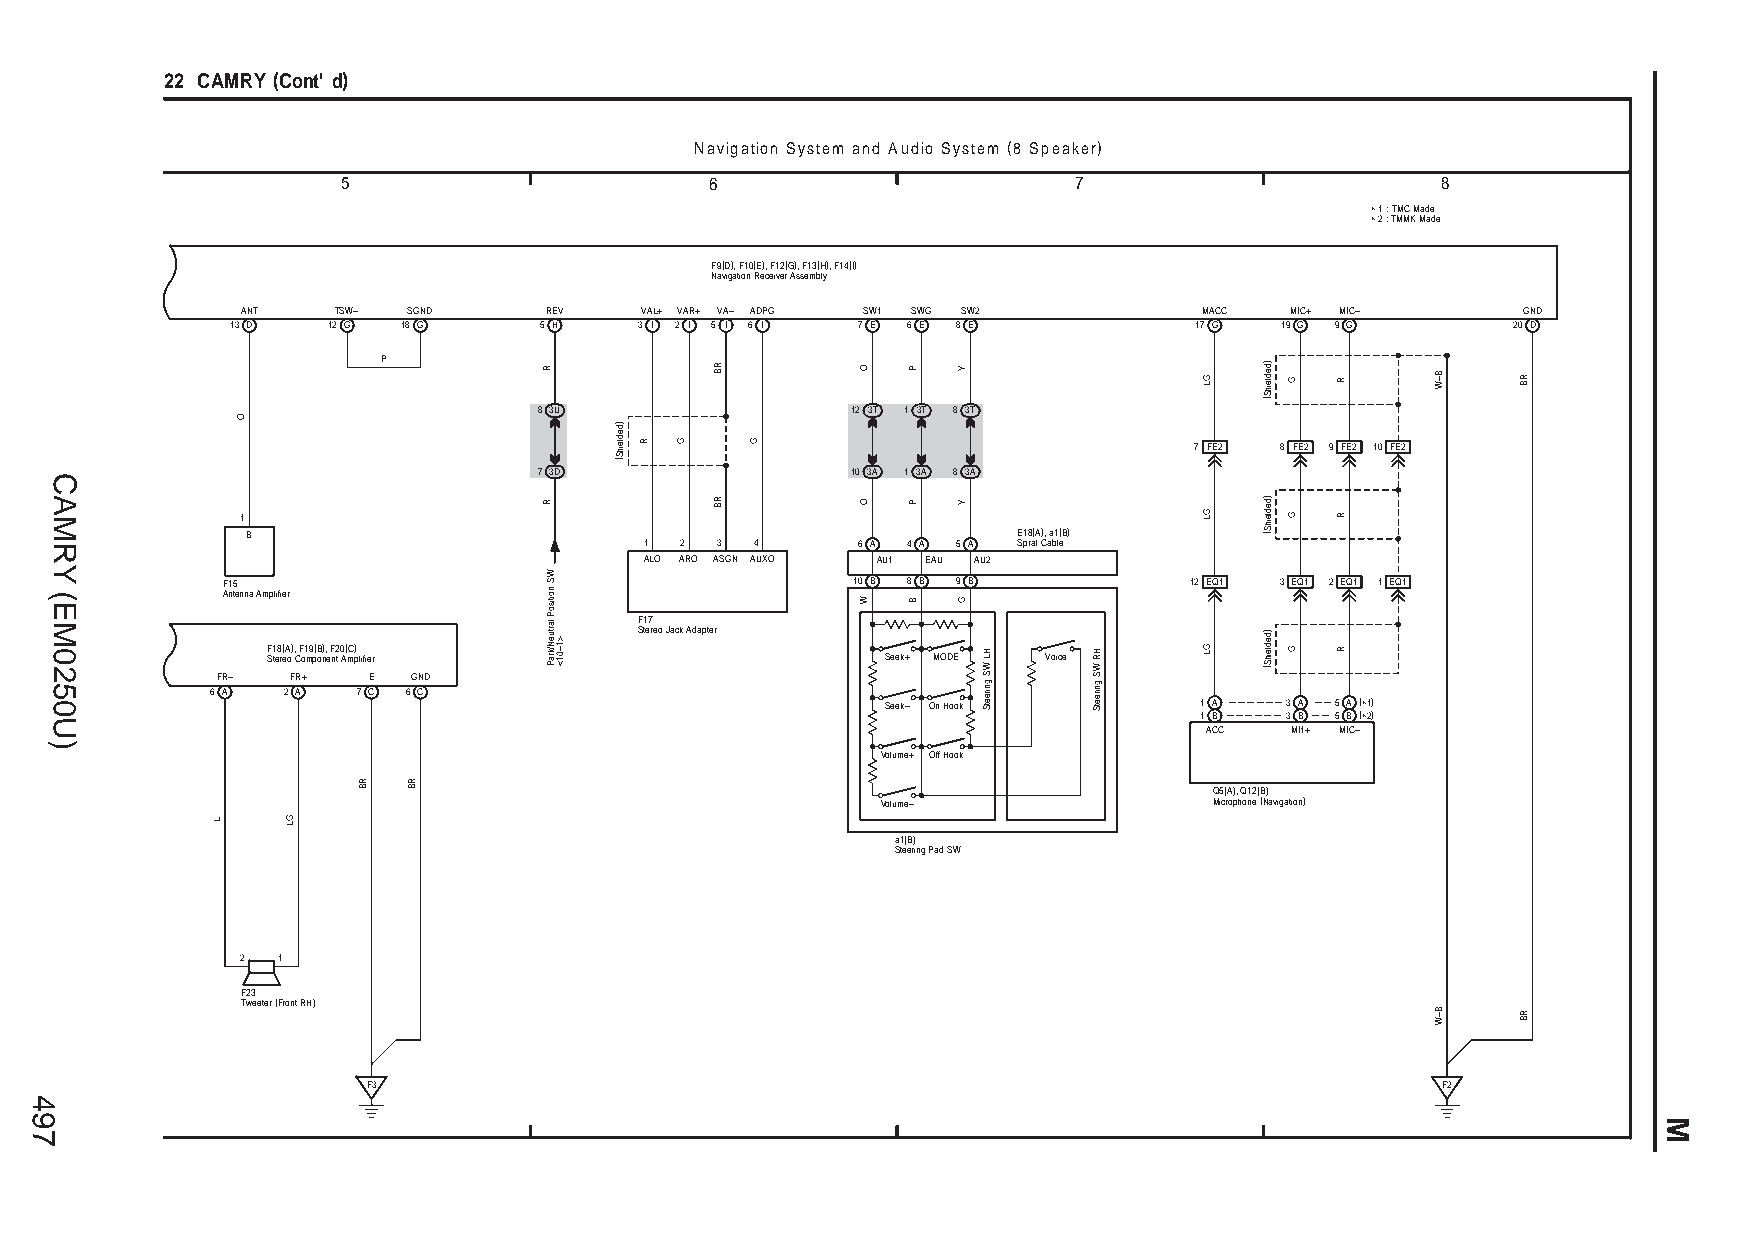
22 CAMRY (Cont' d)
 Navigation System and Audio System (8 Speaker)
 5                       6                       7                       8
 ∗ 1 : TMC Made
 ∗ 2 : TMMK Made
 F9(D), F10(E), F12(G), F13(H), F14(I)
 Navigation Receiver Assembly
 ANT   TSW– SGND     REV   VAL+ VAR+ VA– ADPG SW1 SWG SW2        MACC MIC+ MIC–       GND
 13 D   12 G 18 G     5 H   3 I 2 I 5 I 6 I 7 E 6 E 8 E          17 G  19 G 9 G       20 D
 P
 8 3U                12 3T 1 3T 8 3T
 7 FE2 8 FE2 9 FE2 10 FE2
 7 3D                10 3A 1 3A 8 3A
 1
 B                                                  E18(A), a1(B)
 1 2 3  4      6 A 4 A 5 A Spiral Cable
 ALO ARO ASGN AUXO AU1 EAU AU2
 F15                                      10 B 8 B 9 B           12 EQ1 3 EQ1 2 EQ1 1 EQ1
 Antenna Amplifier
 F17
 Stereo Jack Adapter
 F18(A), F19(B), F20(C) Stereo Component Amplifier Seek+ MODE Voice
 FR–  FR+  E  GND
 6 A  2 A  7 C 6 C
 Seek– On Hook       1 A   3 A 5 A (∗1)
 1 B   3 B 5 B (∗2)
 ACC  MI1+ MIC–
 Volume+ Off Hook
 Q5(A), Q12(B)
 Volume–               Microphone (Navigation)
 a1(B)
 Steering Pad SW
 2 1
 F23
 Tweeter (Front RH)
 F3                                                                     F2
 497
 CAMRY
 (EM0250U)
 L
 O
 GL
 RB RB
 R
 R
 WS
 noitisoP
 lartueN/kraP
 >1–01<
 )dedleihS(
 R  G
 RB
 RB
 G
 O
 O
 W
 P
 P
 B
 Y
 Y
 G
 HL
 WS
 gnireetS
 HR
 WS
 gnireetS
 GL
 GL
 GL
 )dedleihS(
 )dedleihS(
 )dedleihS(
 G
 G
 G
 R
 R
 R
 B–W
 B–W
 RB
 RB
 M